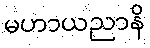
မဟာယညာနိ